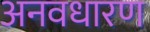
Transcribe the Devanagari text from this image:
अनवधारण